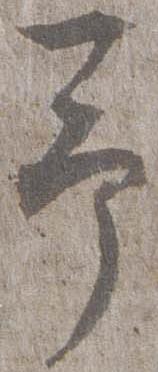
予